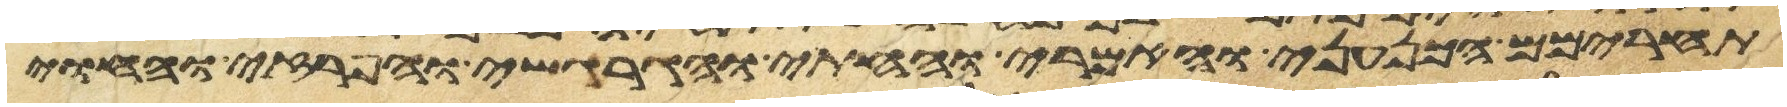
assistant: תחרימם הכנעני והאמרי והחתי והגרגשי והפרזי והחוי